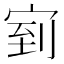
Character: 𭓴